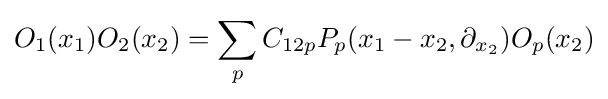
O_{1}(x_{1})O_{2}(x_{2})=\sum _{p}C_{12p}P_{p}(x_{1}-x_{2},\partial _{x_{2}})O_{p}(x_{2})